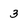
Character: 3